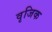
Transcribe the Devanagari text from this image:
वृजिक